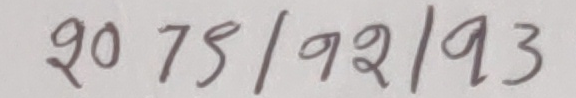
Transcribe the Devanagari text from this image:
९० ७५/९२/९३